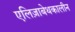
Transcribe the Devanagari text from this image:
एलिज़ाबेथकालीन